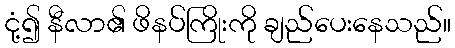
ငုံ့၍ နီလာ၏ ဖိနပ်ကြိုးကို ချည်ပေးနေသည်။